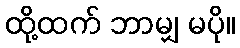
ထို့ထက် ဘာမျှ မပို။